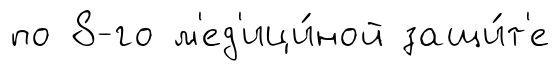
по 8-го м'ед'ици́ной защи́т'е